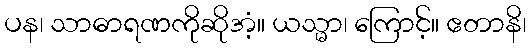
ပန၊ သာဓာရဏကိုဆိုအံ့။ ယသ္မာ၊ ကြောင့်။ ဧတာနိ၊